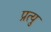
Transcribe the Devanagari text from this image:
प्रत्यु